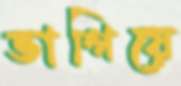
ভাগিয়ে